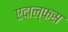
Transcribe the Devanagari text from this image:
एदाल्फस